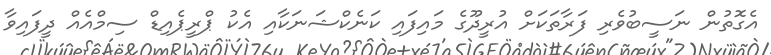
އެގޮތުން ނަސީބުވެރި ފަރާތަކަށް އުރީދޫގެ މައިފައި ކަނެކްޝަނަކާއި އެކު ޕްރީޕެއިޑް ސިމްއެއް ދީފައިވާ